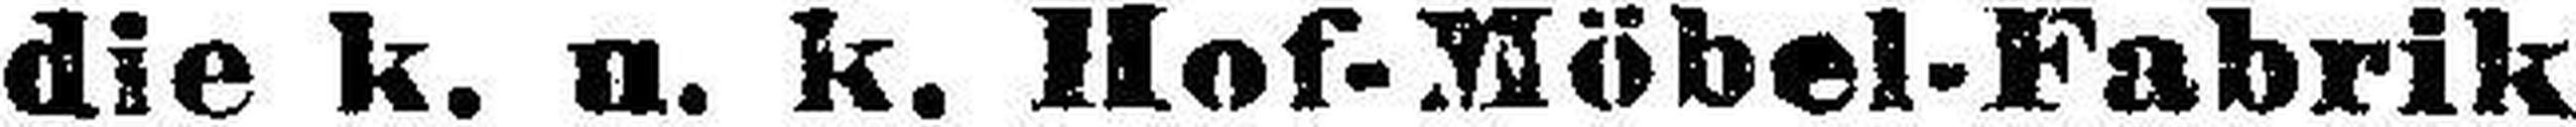
die k. u. k. Hof-Möbel-Fabrik